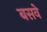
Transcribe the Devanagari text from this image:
बसवे